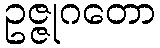
ဥဇ္ဇုဂတော